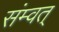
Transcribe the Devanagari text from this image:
संम्वत्